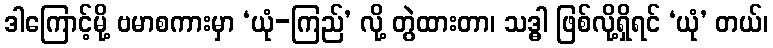
ဒါကြောင့်မို့ ဗမာစကားမှာ ‘ယုံ-ကြည်’ လို့ တွဲထားတာ၊ သဒ္ဓါ ဖြစ်လို့ရှိရင် ‘ယုံ’ တယ်၊